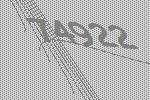
74922